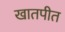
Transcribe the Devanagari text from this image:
खातपीत